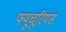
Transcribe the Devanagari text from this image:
फ्यूचूरियंस